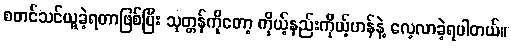
စတင်သင်ယူခဲ့ရတာဖြစ်ပြီး သုတ္တန်ကိုတော့ ကိုယ့်နည်းကိုယ့်ဟန်နဲ့ လေ့လာခဲ့ရပါတယ်။